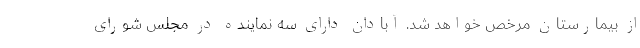
از بیمارستان مرخص خواهد شد. آبادان دارای سه نماینده در مجلس شورای